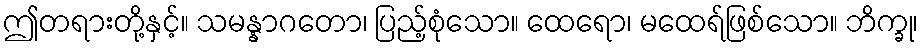
ဤတရားတို့နှင့်။ သမန္နာဂတော၊ ပြည့်စုံသော။ ထေရော၊ မထေရ်ဖြစ်သော။ ဘိက္ခု၊